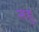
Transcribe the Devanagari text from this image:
सहु